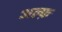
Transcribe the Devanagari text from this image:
अल्फ़